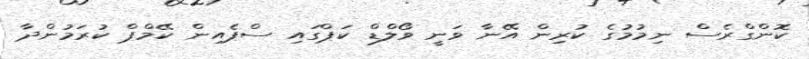
ކޮންގްރެސް ނިމުމުގެ ކުރިން އޭނާ ވަނީ ވޯލްޑް ކަޕްގައި ސްޕެއިން ކޭމްޕް ކުރަމުންދާ